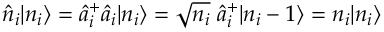
\hat { n } _ { i } | n _ { i } \rangle = \hat { a } _ { i } ^ { + } \hat { a } _ { i } | n _ { i } \rangle = \sqrt { n _ { i } } \; \hat { a } _ { i } ^ { + } | n _ { i } - 1 \rangle = n _ { i } | n _ { i } \rangle